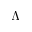
\Lambda